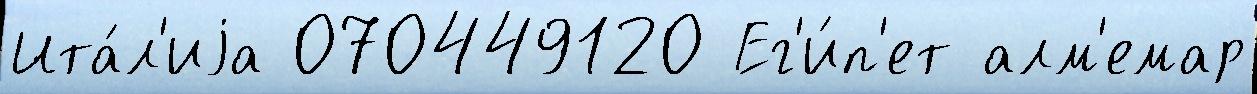
Ита́л'иjа 070449120 Ег'и́п'ет алм'емар